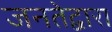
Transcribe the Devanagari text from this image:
जनतेद्वारा